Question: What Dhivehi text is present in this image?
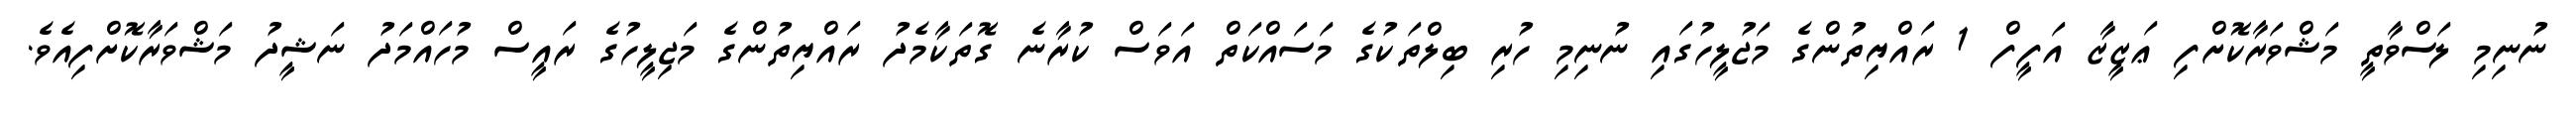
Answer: ނުނިމި ލަސްވާތީ މަޝްވަރާކޮށްފި ޢަޒީޒާ އަފީފް 1 ރައްޔިތުންގެ މަޖުލީހުގައި ނުނިމި ހުރި ބިލްތަކުގެ މަސައްކަތް އަވަސް ކުރާނެ ގޮތަކާމެދު ރައްޔިތުންގެ މަޖިލީހުގެ ރައީސް މުހައްމަދު ނަޝީދު މަޝްވަރާކޮށްފިއެވެ.